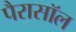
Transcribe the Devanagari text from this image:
पैरासॉल